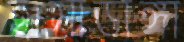
হাসাডাঙ্গা